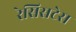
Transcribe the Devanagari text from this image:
रेसिसटेस